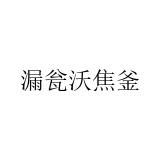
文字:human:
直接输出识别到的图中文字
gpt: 漏瓮沃焦釜